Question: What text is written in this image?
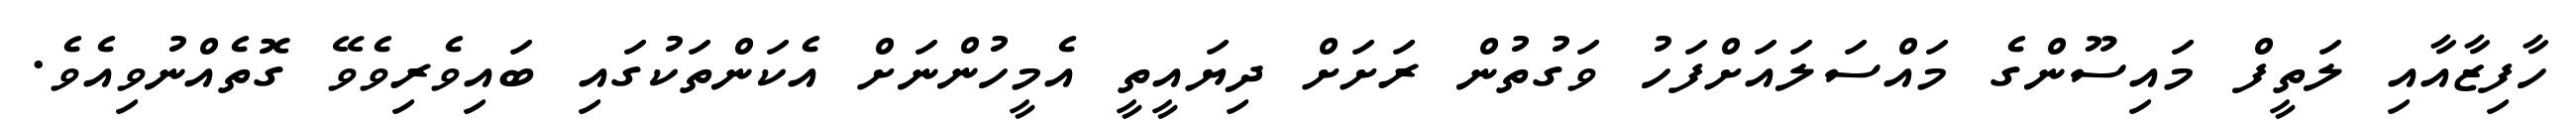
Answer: ހާފިޒާއާއި ލަތީފް މައިސޫންގެ މައްސަލައަށްފަހު ވަގުތުން ރަށަށް ދިޔައީތީ އެމީހުންނަށް އެކަންތަކުގައި ބައިވެރިވެވޭ ގޮތެއްނުވިއެވެ.